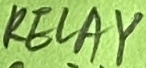
Text: RELAY